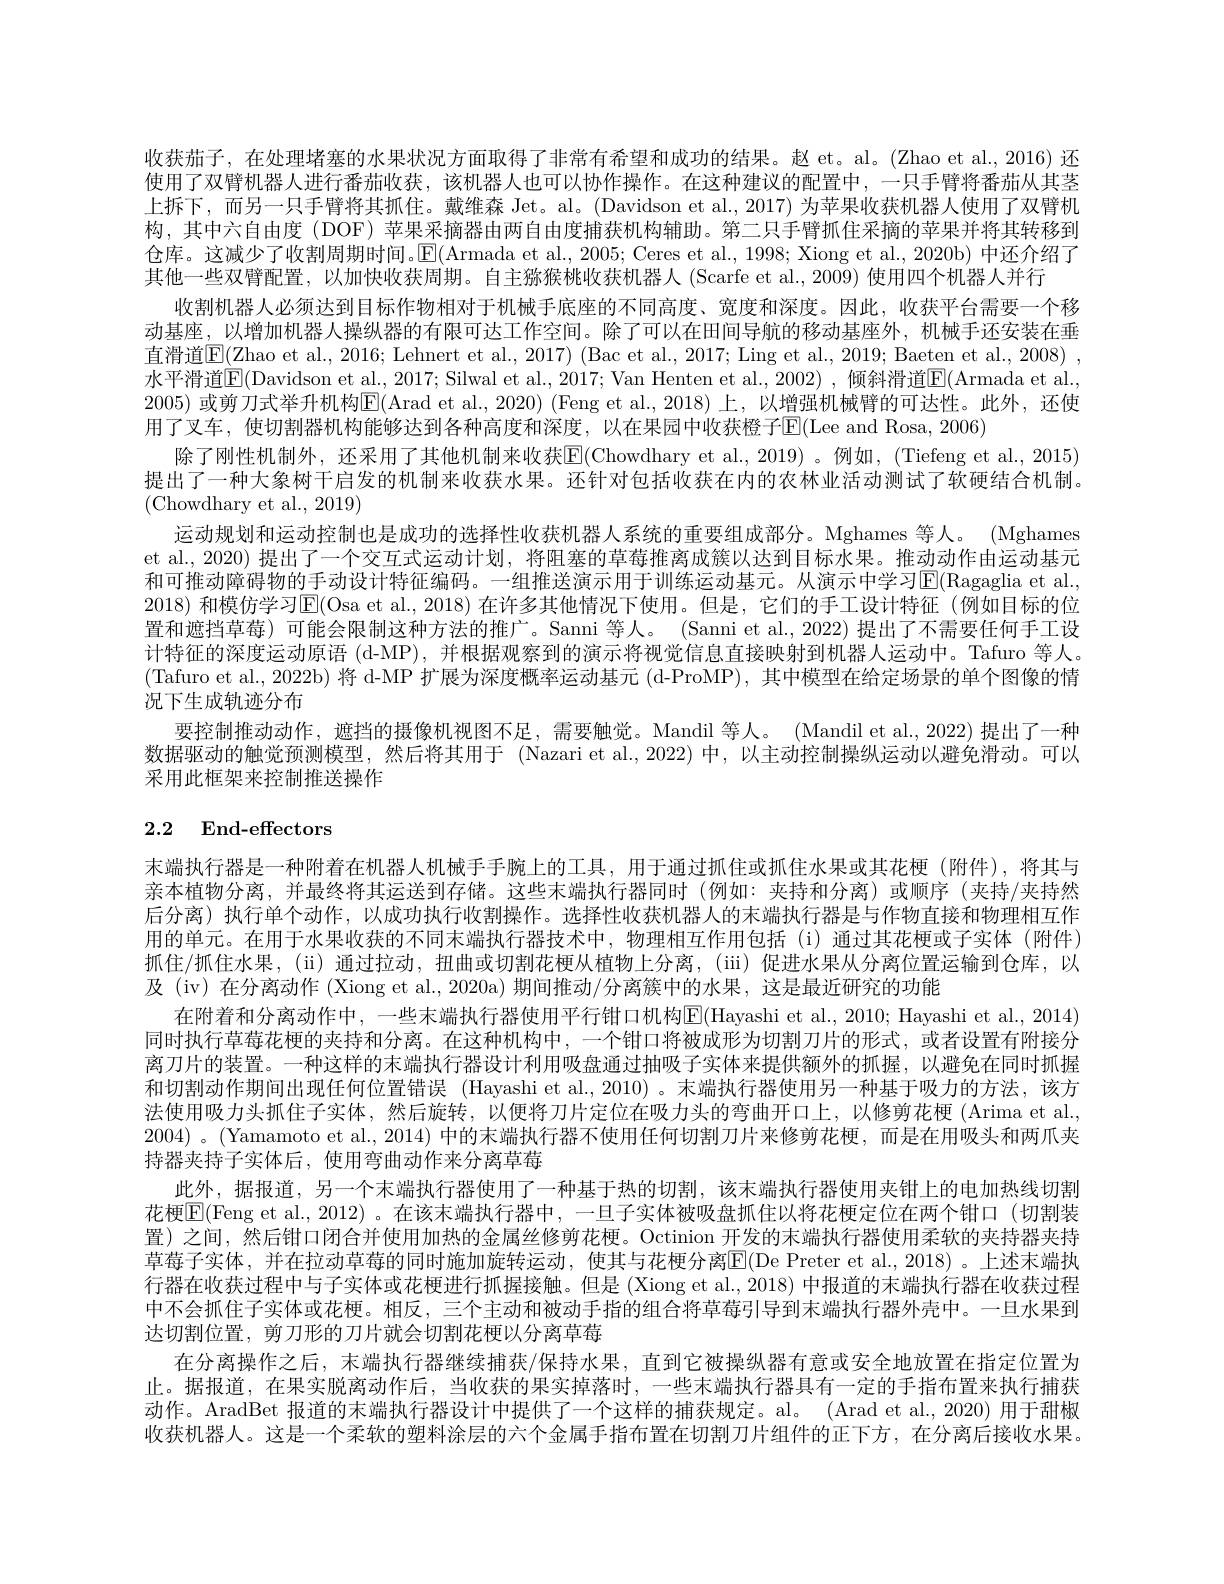
收获茄子，在处理堵塞的水果状况方面取得了非常有希望和成功的结果。赵 et。al。(Zhao et al.,2016) 还使用了双臂机器人进行番茄收获，该机器人也可以协作操作。在这种建议的配置中，一只手臂将番茄从其茎上拆下，而另一只手臂将其抓住。戴维森 Jet。al。(Davidson et al., 2017) 为苹果收获机器人使用了双臂机构，其中六自由度(DOF) 苹果采摘器由两自由度捕获机构辅助。第二只手臂抓住采摘的苹果并将其转移到仓库。这减少了收割周期时间。$\operatorname{E}($Armada et al., 2005; Ceres et al., 1998; Xiong et al., 2020b) 中还介绍了其他一些双臂配置，以加快收获周期。自主猕猴桃收获机器人(Scarfe et al., 2009) 使用四个机器人并行
收割机器人必须达到目标作物相对于机械手底座的不同高度、宽度和深度。因此，收获平台需要一个移动基座，以增加机器人操纵器的有限可达工作空间。除了可以在田间导航的移动基座外，机械手还安装在垂直滑道$\boxed{\mathrm{E}}(\underline{\mathrm{Zhao~et~al.,~2016;~Lehnert~et~al.,~2017)~(Bac~et~al.,~2017;~Ling~et~al.,~2019;~Baeten~et~al.,~2008)~,~}}$ 水平滑道$\overline{\mathrm{E}}($Davidson et al., 2017; Silwal et al., 2017; Van Henten et al., 2002) , 倾斜滑道$\underline{\mathrm{E}}($Armada et al., 2005) 或剪刀式举升机构$\overline{\mathbb{E}}($Arad et al.,2020) (Feng et al.,2018)上，以增强机械臂的可达性。此外，还使用了叉车，使切割器机构能够达到各种高度和深度，以在果园中收获橙子$\operatorname{E}($Lee and Rosa,2006)
除了刚性机制外，还采用了其他机制来收获E(Chowdhary et al.,2019) 。例如，(Tiefeng et al.,2015) 提出了一种大象树干启发的机制来收获水果。还针对包括收获在内的农林业活动测试了软硬结合机制。(Chowdhary et al., 2019)
运动规划和运动控制也是成功的选择性收获机器人系统的重要组成部分。Mghames 等人。(Mghames et al., 2020) 提出了一个交互式运动计划，将阻塞的草莓推离成簇以达到目标水果。推动动作由运动基元和可推动障碍物的手动设计特征编码。一组推送演示用于训练运动基元。从演示中学习$\mathbb{E}($Ragaglia et al., 2018) 和模仿学习E(Osa et al., 2018) 在许多其他情况下使用。但是，它们的手工设计特征 (例如目标的位置和遮挡草莓)可能会限制这种方法的推广。Sanmi 等人。(Sanni et al., 2022) 提出了不需要任何手工设计特征的深度运动原语 (d-MP), 并根据观察到的演示将视觉信息直接映射到机器人运动中。Tafuro 等人。(Tafuro et al., 2022b) 将 d-MP 扩展为深度概率运动基元 (d-ProMP), 其中模型在给定场景的单个图像的情况下生成轨迹分布
要控制推动动作，遮挡的摄像机视图不足，需要触觉。Mandil 等人。(Mandil et al.,2022) 提出了一种数据驱动的触觉预测模型，然后将其用于 (Nazari et al.,2022)中，以主动控制操纵运动以避免滑动。可以采用此框架来控制推送操作
2.2 End-effectors

末端执行器是一种附着在机器人机械手手腕上的工具，用于通过抓住或抓住水果或其花梗(附件),将其与亲本植物分离，并最终将其运送到存储。这些末端执行器同时(例如：夹持和分离)或顺序(夹持/夹持然后分离)执行单个动作，以成功执行收割操作。选择性收获机器人的末端执行器是与作物直接和物理相互作用的单元。在用于水果收获的不同末端执行器技术中，物理相互作用包括(i)通过其花梗或子实体(附件) 抓住/抓住水果，(ii) 通过拉动，扭曲或切割花梗从植物上分离，(ii) 促进水果从分离位置运输到仓库，以及 (iv) 在分离动作 (Xiong et al., 2020a) 期间推动/分离簇中的水果 , 这是最近研究的功能
在附着和分离动作中，一些末端执行器使用平行钳口机构$\overline{\mathrm{E}}($Hayashi et al., 2010; Hayashi et al., 2014) 同时执行草莓花梗的夹持和分离。在这种机构中，一个钳口将被成形为切割刀片的形式，或者设置有附接分离刀片的装置。一种这样的末端执行器设计利用吸盘通过抽吸子实体来提供额外的抓握，以避免在同时抓握和切割动作期间出现任何位置错误 (Hayashi et al., 2010) 。末端执行器使用另一种基于吸力的方法，该方法使用吸力头抓住子实体，然后旋转，以便将刀片定位在吸力头的弯曲开口上，以修剪花梗(Arima et al., 2004) 。(Yamamoto et al., 2014) 中的末端执行器不使用任何切割刀片来修剪花梗，而是在用吸头和两爪夹持器夹持子实体后，使用弯曲动作来分离草莓
此外 ,据报道，另一个末端执行器使用了一种基于热的切割，该末端执行器使用夹钳上的电加热线切割花梗E(Feng et al., 2012) 。在该末端执行器中，一旦子实体被吸盘抓住以将花梗定位在两个钳口 (切割装置)之间，然后钳口闭合并使用加热的金属丝修剪花梗。Octinion 开发的末端执行器使用柔软的夹持器夹持草莓子实体，并在拉动草莓的同时施加旋转运动，使其与花梗分离$\overline{\mathbb{E}}($De Preter et al.,2018)。上述末端执行器在收获过程中与子实体或花梗进行抓握接触。但是 (Xiong et al., 2018) 中报道的末端执行器在收获过程中不会抓住子实体或花梗。相反，三个主动和被动手指的组合将草莓引导到末端执行器外壳中。一旦水果到达切割位置，剪刀形的刀片就会切割花梗以分离草莓
在分离操作之后，末端执行器继续捕获/保持水果，直到它被操纵器有意或安全地放置在指定位置为止。据报道，在果实脱离动作后，当收获的果实掉落时，一些末端执行器具有一定的手指布置来执行捕获动作。AradBet 报道的末端执行器设计中提供了一个这样的捕获规定。al。(Arad et al., 2020) 用于甜椒收获机器人。这是一个柔软的塑料涂层的六个金属手指布置在切割刀片组件的正下方，在分离后接收水果。